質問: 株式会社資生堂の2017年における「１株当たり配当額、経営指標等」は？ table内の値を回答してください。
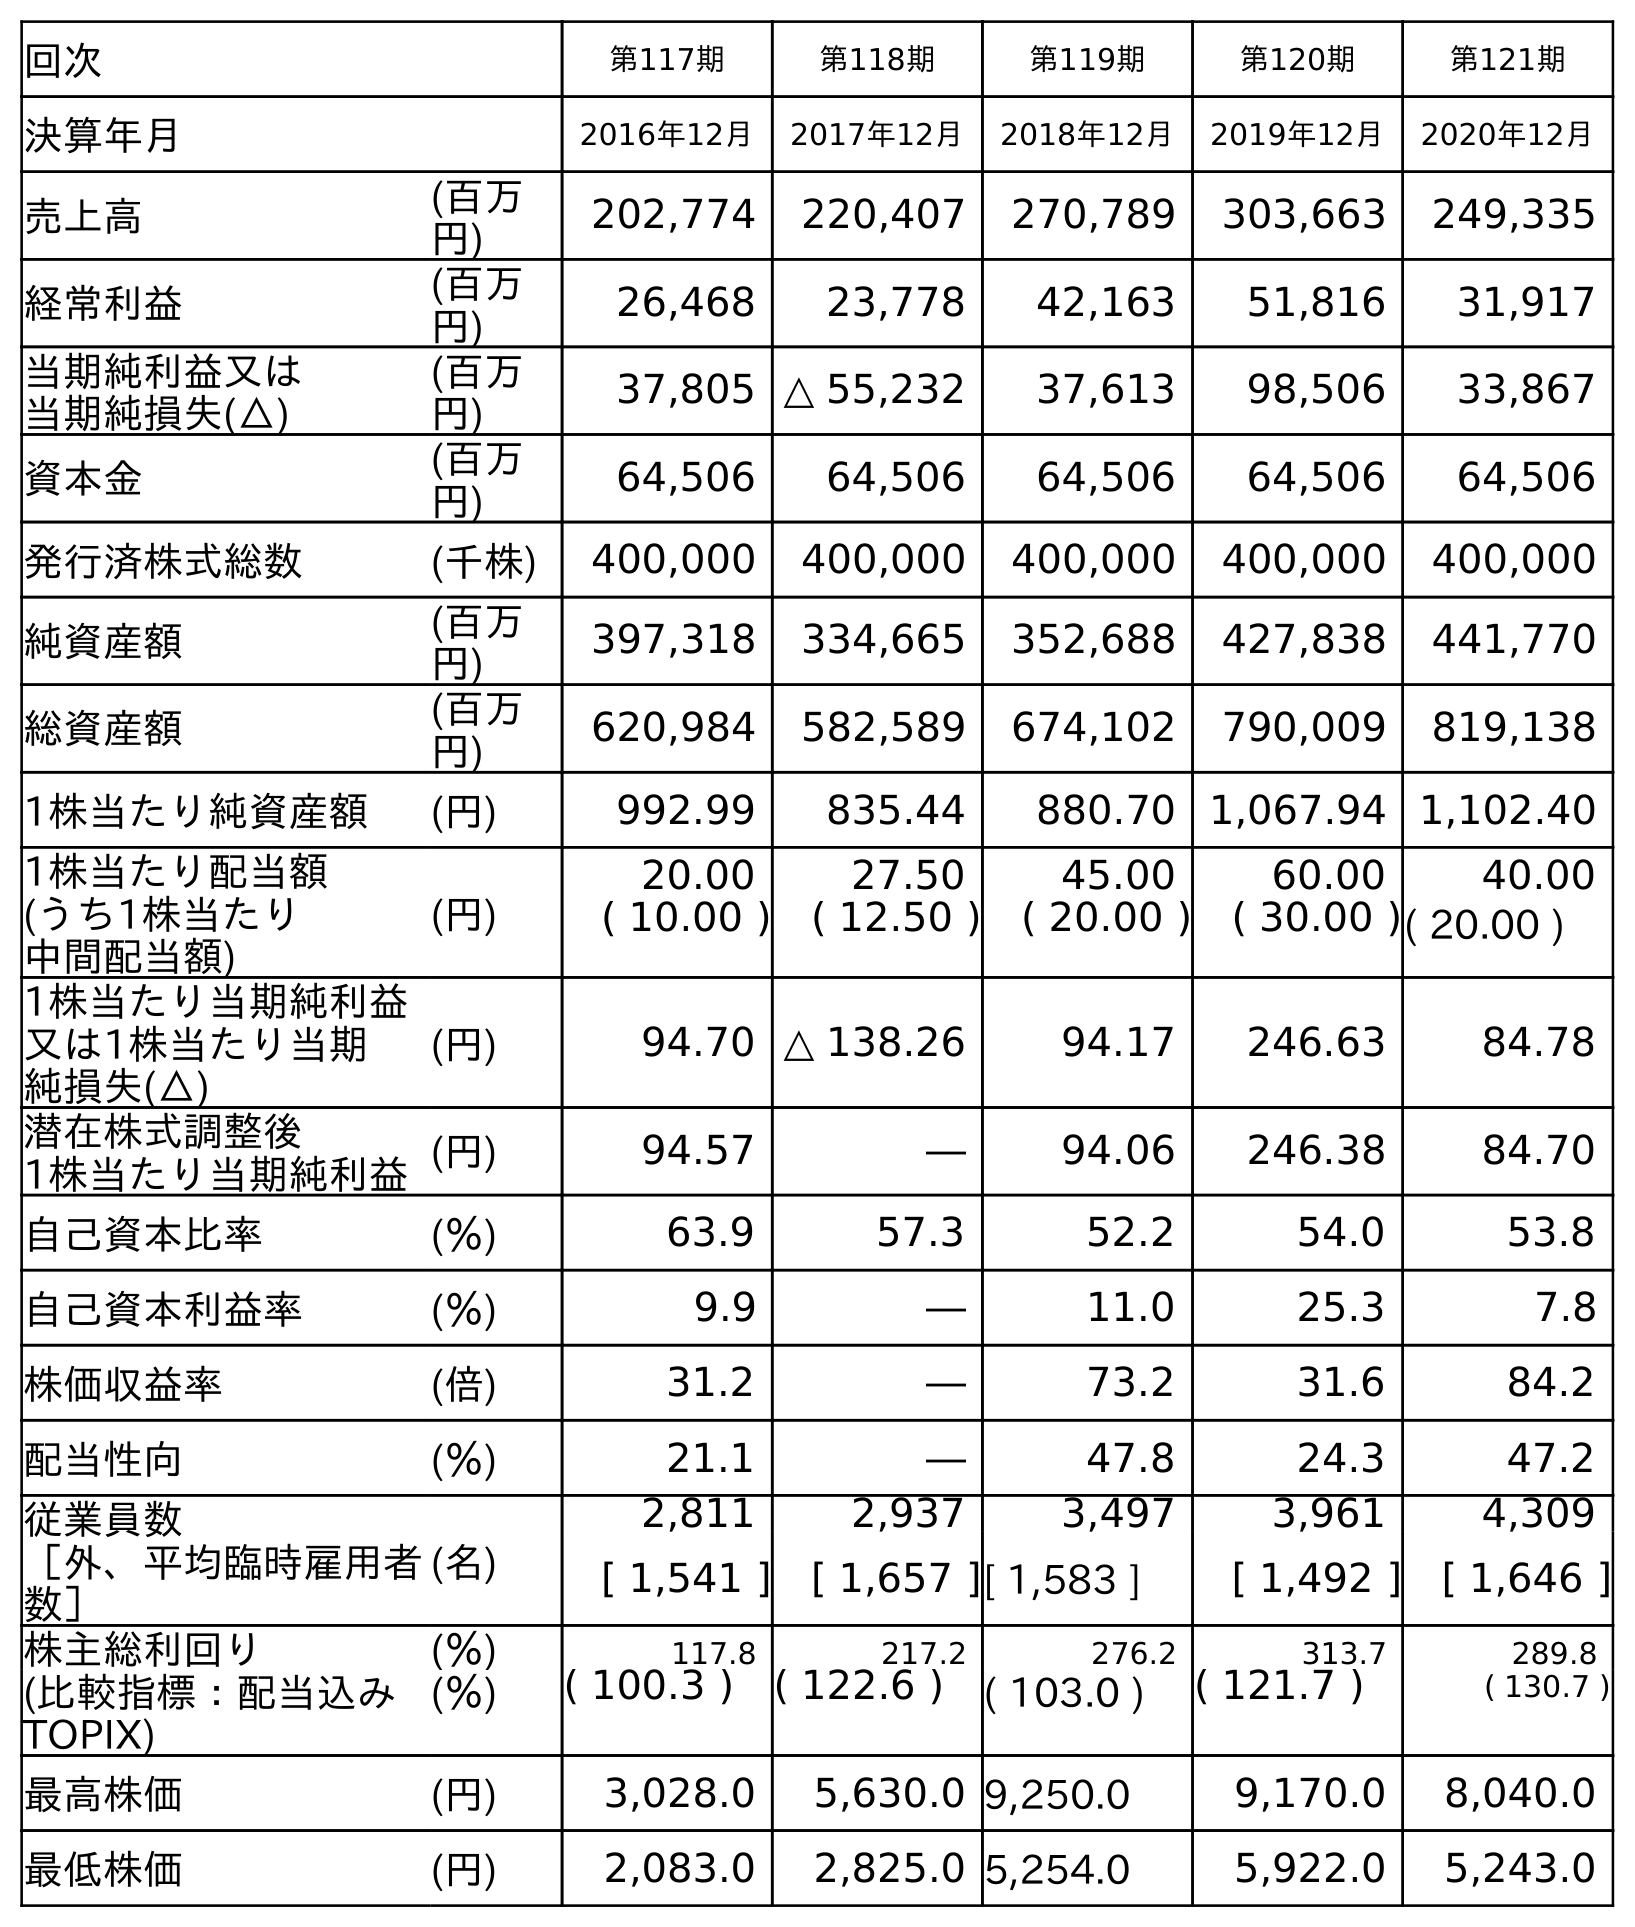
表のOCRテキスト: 回次 第117期 第118期 第119期 第120期 第121期 決算年月 2016年12月 2017年12月 2018年12月 2019年12月 2020年12月 売上高 (百万 円) 202,774 220,407 270,789 303,663 249,335 経常利益 (百万 円) 26,468 23,778 42,163 51,816 31,917 当期純利益又は 当期純損失(△) (百万 円) 37,805 △ 55,232 37,613 98,506 33,867 資本金 (百万 円) 64,506 64,506 64,506 64,506 64,506 発行済株式総数 (千株) 400,000 400,000 400,000 400,000 400,000 純資産額 (百万 円) 397,318 334,665 352,688 427,838 441,770 総資産額 (百万 円) 620,984 582,589 674,102 790,009 819,138 1株当たり純資産額 (円) 992.99 835.44 880.70 1,067.94 1,102.40 1株当たり配当額 (うち1株当たり 中間配当額) (円) 20.00 27.50 45.00 60.00 40.00 ( 10.00 ) ( 12.50 ) ( 20.00 ) ( 30.00 )( 20.00 ) 1株当たり当期純利益 又は1株当たり当期 純損失(△) (円) 94.70 △ 138.26 94.17 246.63 84.78 潜在株式調整後 1株当たり当期純利益(円) 94.57 ― 94.06 246.38 84.70 自己資本比率 (％) 63.9 57.3 52.2 54.0 53.8 自己資本利益率 (％) 9.9 ― 11.0 25.3 7.8 株価収益率 (倍) 31.2 ― 73.2 31.6 84.2 配当性向 (％) 21.1 ― 47.8 24.3 47.2 従業員数 ［外、平均臨時雇用者 数］ (名) 2,811 2,937 3,497 3,961 4,309 [ 1,541 ] [ 1,657 ][ 1,583 ] [ 1,492 ] [ 1,646 ] 株主総利回り (％) 117.8 217.2 276.2 313.7 289.8 (比較指標：配当込み TOPIX) (％) ( 100.3 ) ( 122.6 ) ( 103.0 ) ( 121.7 ) ( 130.7 ) 最高株価 (円) 3,028.0 5,630.0 9,250.0 9,170.0 8,040.0 最低株価 (円) 2,083.0 2,825.0 5,254.0 5,922.0 5,243.0
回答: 27.50